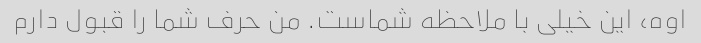
اوه، این خیلی با ملاحظه شماست. من حرف شما را قبول دارم